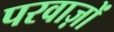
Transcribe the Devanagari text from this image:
परवाज़ों